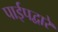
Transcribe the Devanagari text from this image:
पाईपद्वारे